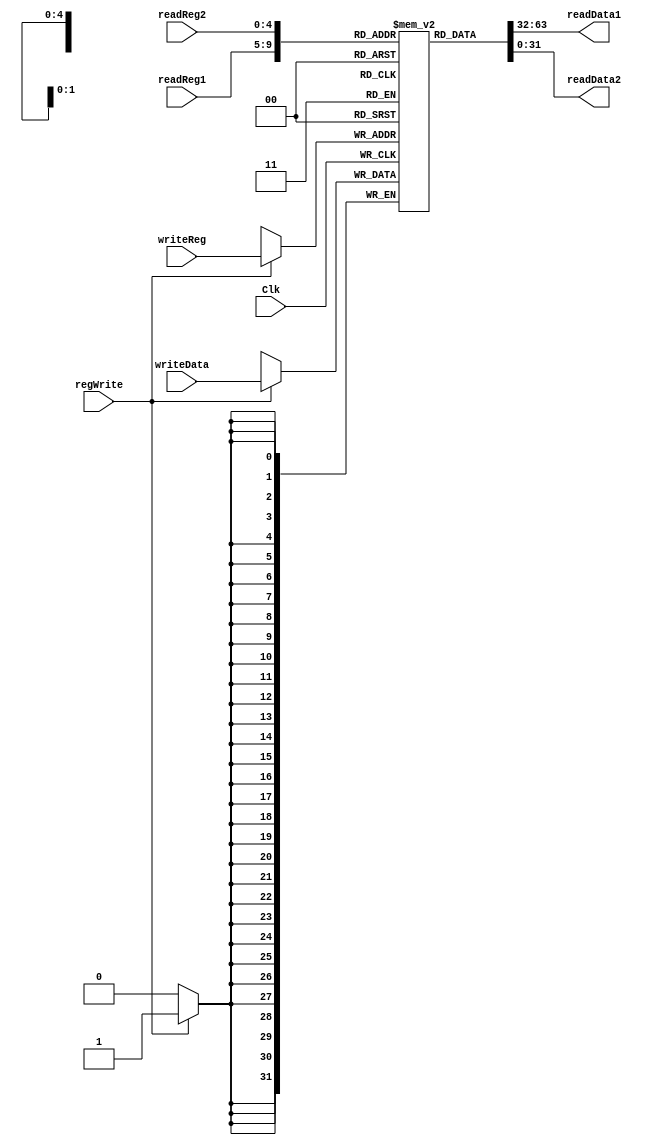
`timescale 1ns / 1ps
//////////////////////////////////////////////////////////////////////////////////
// Company: 
// Engineer: 
// 
// Design Name: 
// Module Name: Registers
// Project Name: 
// Target Devices: 
// Tool Versions: 
// Description: 
// 
// Dependencies: 
// 
// Revision:
// Revision 0.01 - File Created
// Additional Comments:
// 
//////////////////////////////////////////////////////////////////////////////////


module Registers(
    input [25:21] readReg1,
    input [20:16] readReg2,
    input [4:0] writeReg,
    input [31:0] writeData,
    input regWrite,
    input Clk,
    output reg [31:0] readData1,
    output reg [31:0] readData2
    );
   
    reg [31:0] regFile[31:0];
    
    integer i=0;   
    initial begin
     for(i=0;i<32;i=i+1)
            begin
                regFile[i]=0;
            end 
    end
    
    always @(readReg1 or readReg2 or writeReg)
    begin
        readData1=regFile[readReg1];
        readData2=regFile[readReg2];
    end
    
    always @(negedge Clk)
    begin
       
    
        if(regWrite)
            begin
                regFile[writeReg]=writeData;
            end
    end
endmodule